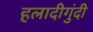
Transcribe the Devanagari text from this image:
हलादीगुंदी